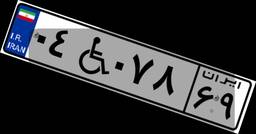
۰۴W۰۷۸۶۹